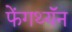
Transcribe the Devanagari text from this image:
फेंगथ्यॅन